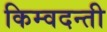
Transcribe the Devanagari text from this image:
किम्वदन्ती